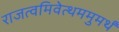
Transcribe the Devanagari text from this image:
राजत्वमिवेत्थममुमर्थं